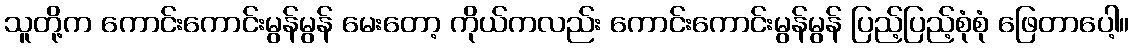
သူတို့က ကောင်းကောင်းမွန်မွန် မေးတော့ ကိုယ်ကလည်း ကောင်းကောင်းမွန်မွန် ပြည့်ပြည့်စုံစုံ ဖြေတာပေါ့။